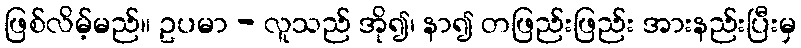
ဖြစ်လိမ့်မည်။ ဥပမာ - လူသည် အို၍၊ နာ၍ တဖြည်းဖြည်း အားနည်းပြီးမှ